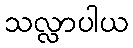
သလ္လာပါယ